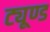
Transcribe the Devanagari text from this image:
ट्यूण्ड